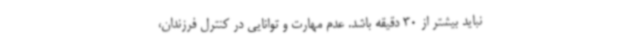
نباید بیشتر از 30 دقیقه باشد. عدم مهارت و توانایی در کنترل فرزندان،